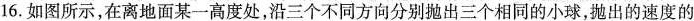
16.如图所示，在离地面某一高度处，沿三个不同方向分别抛出三个相同的小球，抛出的速度的